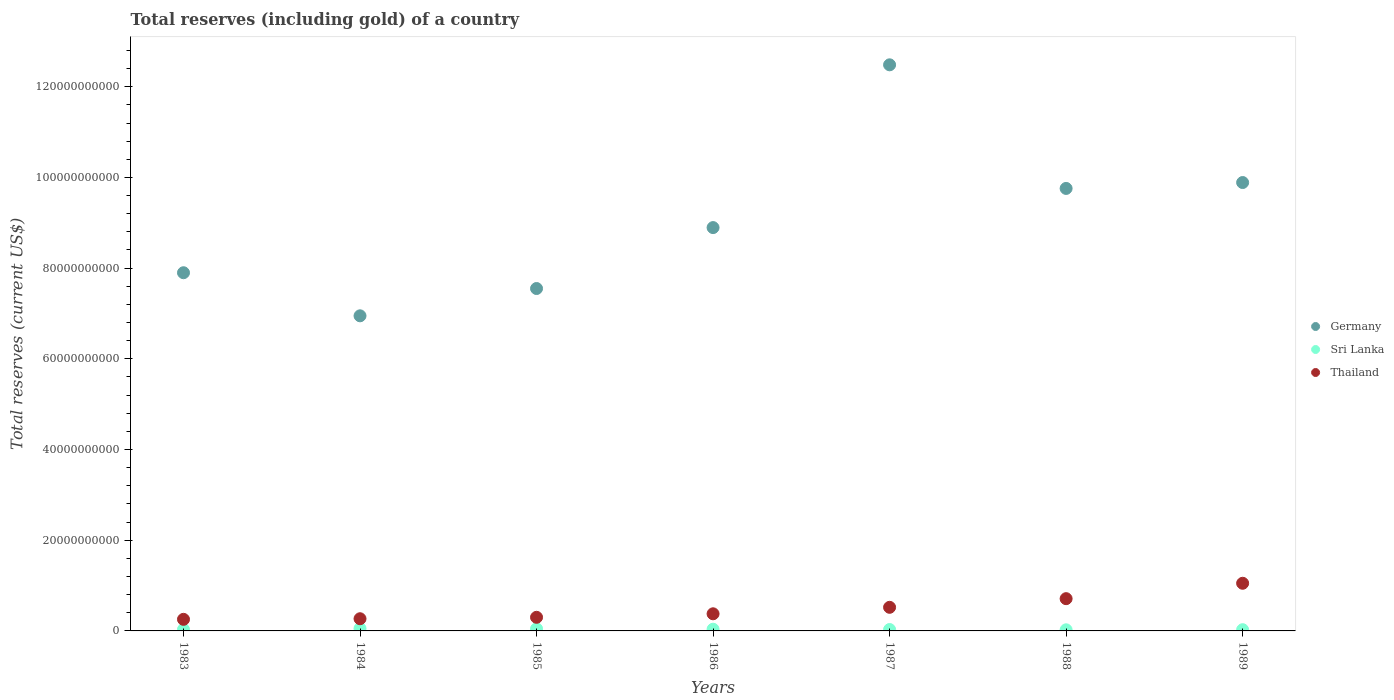
| Years | Germany | Sri Lanka | Thailand |
 | --- | --- | --- | --- |
 | 1983 | 7.9e+10 | 3.21e+08 | 2.56e+09 |
 | 1984 | 6.95e+10 | 5.3e+08 | 2.69e+09 |
 | 1985 | 7.55e+10 | 4.72e+08 | 3e+09 |
 | 1986 | 8.89e+10 | 3.77e+08 | 3.78e+09 |
 | 1987 | 1.25e+11 | 3.1e+08 | 5.21e+09 |
 | 1988 | 9.76e+10 | 2.48e+08 | 7.11e+09 |
 | 1989 | 9.89e+10 | 2.69e+08 | 1.05e+10 |